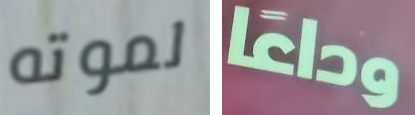
لموته وداعا